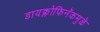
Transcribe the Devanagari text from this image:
डायक्लोफिनॅकमुळे